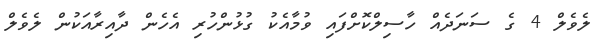
ލެވެލް 4 ގެ ސަނަދެއް ހާސިލްކޮށްފައި ވުމާއެކު ގުޅުންހުރި އެހެން ދާއިރާއަކުން ލެވެލް